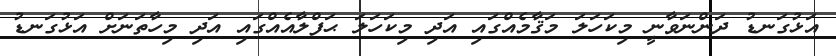
އަޅުގަނޑު ދަންނަވާނީ މިކަހަލަ މަޤާމެއްގައި އަދި މިކަހަލަ ޙަފްލާއެއްގައި އަދި މިހާތަނަށް އަޅުގަނޑު